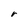
Character: r